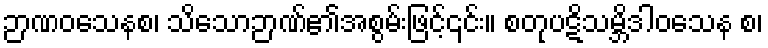
ဉာဏဝသေနစ၊ သိသောဉာဏ်၏အစွမ်းဖြင့်၎င်း။ စတုပဋိသမ္ဘိဒါဝသေန စ၊